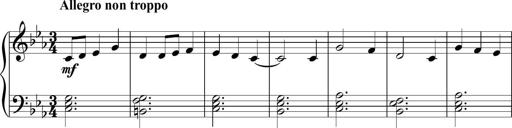
Title: Piano Sonatina in C
Composer: Daniel LÃ©o Simpson
Key: C major